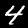
Label: 4